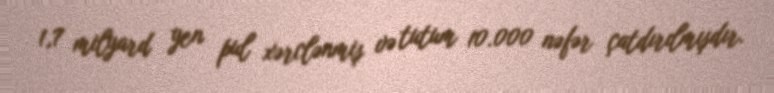
1,7 milyard yen pul xərclənmiş və tutum 10.000 nəfər çatdırılmışdır.